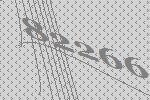
82266